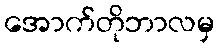
အောက်တိုဘာလမှ